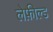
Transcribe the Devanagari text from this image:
लेफ़ील्ड